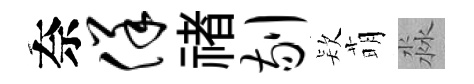
奈佯禇剔𣣇萌淼